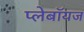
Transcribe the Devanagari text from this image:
प्लेबॉयज